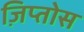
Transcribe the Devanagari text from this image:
ज़िप्तोस